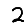
Digit: 2